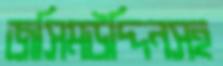
জসিমউদ্দিনসহ